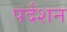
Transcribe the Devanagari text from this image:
पर्दशन